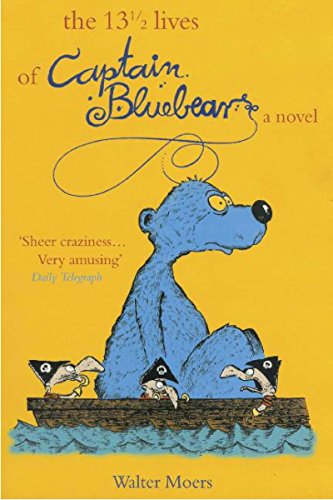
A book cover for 13 1/2 Lives of Captain Bluebear; Walter Moers; Science Fiction & Fantasy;